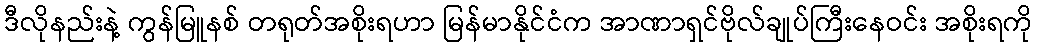
ဒီလိုနည်းနဲ့ ကွန်မြူနစ် တရုတ်အစိုးရဟာ မြန်မာနိုင်ငံက အာဏာရှင်ဗိုလ်ချုပ်ကြီးနေဝင်း အစိုးရကို